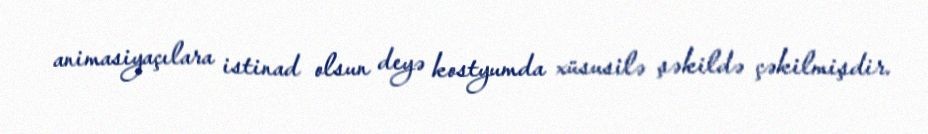
animasiyaçılara istinad olsun deyə kostyumda xüsusilə şəkildə çəkilmişdir.